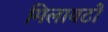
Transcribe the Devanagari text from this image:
मिलावटों